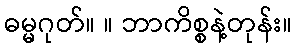
ဓမ္မဂုတ်။ ။ ဘာကိစ္စနဲ့တုန်း။